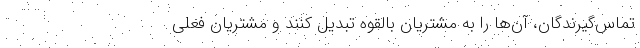
تماس‌گیرندگان، آن‌ها را به مشتریان بالقوه تبدیل کنند و مشتریان فعلی